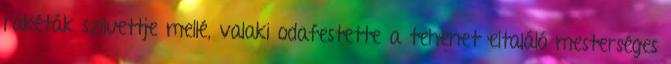
rakéták sziluettje mellé, valaki odafestette a tehenet eltaláló mesterséges